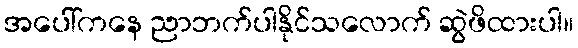
အပေါ်ကနေ ညာဘက်ပါနိုင်သလောက် ဆွဲဖိထားပါ။